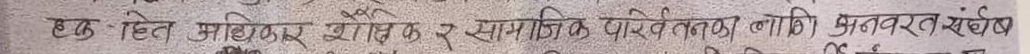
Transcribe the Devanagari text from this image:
हक, हित, अधिकार, आर्थिक र सामाजिक परिवर्तनका लागि अविरल संघर्ष